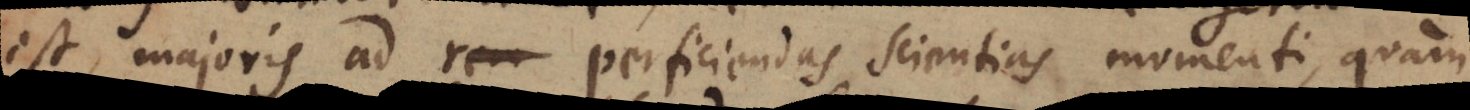
est, majoris ad perficiendas scientias momenti, quam